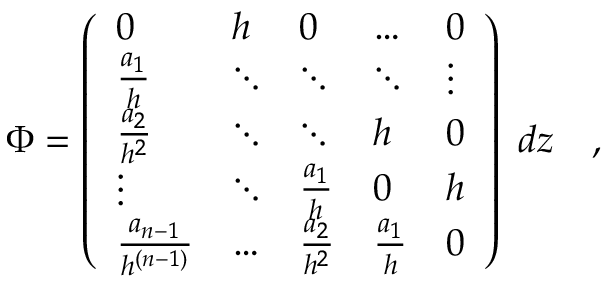
\Phi = \left( \begin{array} { l l l l l } { { 0 } } & { { h } } & { { 0 } } & { { \ldots } } & { { 0 } } \\ { { { \frac { a _ { 1 } } { h } } } } & { { \ddots } } & { { \ddots } } & { { \ddots } } & { { \vdots } } \\ { { { \frac { a _ { 2 } } { h ^ { 2 } } } } } & { { \ddots } } & { { \ddots } } & { { h } } & { { 0 } } \\ { { \vdots } } & { { \ddots } } & { { { \frac { a _ { 1 } } { h } } } } & { { 0 } } & { { h } } \\ { { { \frac { a _ { n - 1 } } { h ^ { ( n - 1 ) } } } } } & { { \ldots } } & { { { \frac { a _ { 2 } } { h ^ { 2 } } } } } & { { { \frac { a _ { 1 } } { h } } } } & { { 0 } } \end{array} \right) ~ d z \quad ,